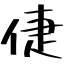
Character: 倢